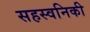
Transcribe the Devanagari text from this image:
सहस्वनिकी